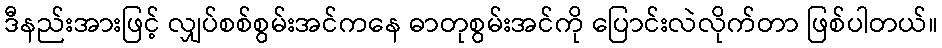
ဒီနည်းအားဖြင့် လျှပ်စစ်စွမ်းအင်ကနေ ဓာတုစွမ်းအင်ကို ပြောင်းလဲလိုက်တာ ဖြစ်ပါတယ်။